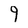
Character: 9